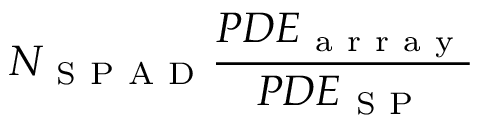
N _ { \mathrm { ~ S ~ P ~ A ~ D ~ } } \frac { P D E _ { \mathrm { ~ a ~ r ~ r ~ a ~ y ~ } } } { P D E _ { \mathrm { ~ S ~ P ~ } } }